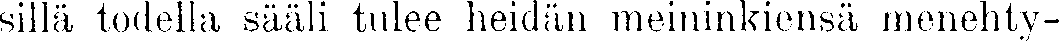
sillä todella sääli tulee heidän meininkiänsä menehty-